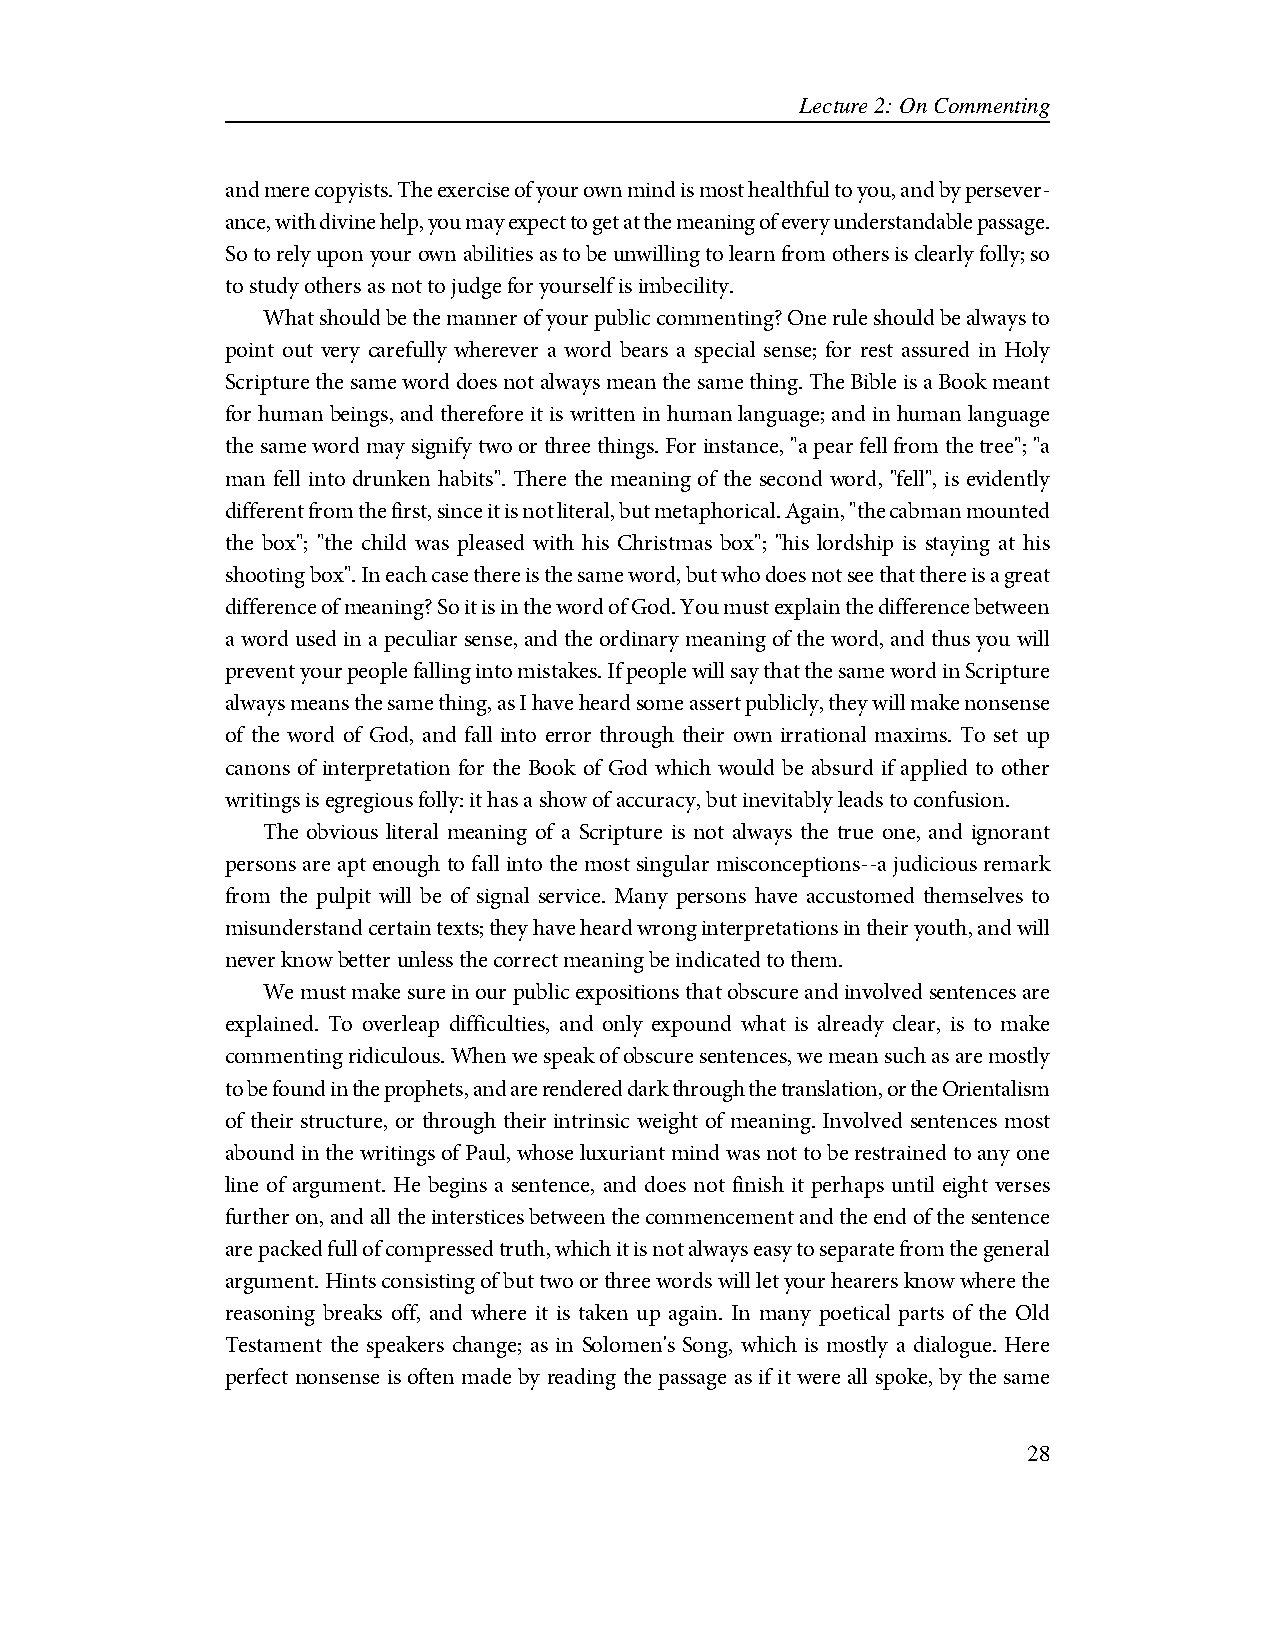
Lecture 2: On Commenting
 and mere copyists. The exercise of your own mind is most healthful to you, and by persever-
 ance, with divine help, you may expect to get at the meaning of every understandable passage.
 So to rely upon your own abilities as to be unwilling to learn from others is clearly folly; so
 to study others as not to judge for yourself is imbecility.
 What should be the manner of your public commenting? One rule should be always to
 point out very carefully wherever a word bears a special sense; for rest assured in Holy
 Scripture the same word does not always mean the same thing. The Bible is a Book meant
 for human beings, and therefore it is written in human language; and in human language
 the same word may signify two or three things. For instance, "a pear fell from the tree"; "a
 man fell into drunken habits". There the meaning of the second word, "fell", is evidently
 different from the first, since it is not literal, but metaphorical. Again, "the cabman mounted
 the box"; "the child was pleased with his Christmas box"; "his lordship is staying at his
 shooting box". In each case there is the same word, but who does not see that there is a great
 difference of meaning? So it is in the word of God. You must explain the difference between
 a word used in a peculiar sense, and the ordinary meaning of the word, and thus you will
 prevent your people falling into mistakes. If people will say that the same word in Scripture
 always means the same thing, as I have heard some assert publicly, they will make nonsense
 of the word of God, and fall into error through their own irrational maxims. To set up
 canons of interpretation for the Book of God which would be absurd if applied to other
 writings is egregious folly: it has a show of accuracy, but inevitably leads to confusion.
 The obvious literal meaning of a Scripture is not always the true one, and ignorant
 persons are apt enough to fall into the most singular misconceptions--a judicious remark
 from the pulpit will be of signal service. Many persons have accustomed themselves to
 misunderstand certain texts; they have heard wrong interpretations in their youth, and will
 never know better unless the correct meaning be indicated to them.
 We must make sure in our public expositions that obscure and involved sentences are
 explained. To overleap difficulties, and only expound what is already clear, is to make
 commenting ridiculous. When we speak of obscure sentences, we mean such as are mostly
 to be found in the prophets, and are rendered dark through the translation, or the Orientalism
 of their structure, or through their intrinsic weight of meaning. Involved sentences most
 abound in the writings of Paul, whose luxuriant mind was not to be restrained to any one
 line of argument. He begins a sentence, and does not finish it perhaps until eight verses
 further on, and all the interstices between the commencement and the end of the sentence
 are packed full of compressed truth, which it is not always easy to separate from the general
 argument. Hints consisting of but two or three words will let your hearers know where the
 reasoning breaks off, and where it is taken up again. In many poetical parts of the Old
 Testament the speakers change; as in Solomen's Song, which is mostly a dialogue. Here
 perfect nonsense is often made by reading the passage as if it were all spoke, by the same
 28